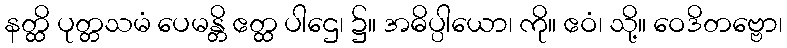
နတ္ထိ ပုတ္တသမံ ပေမန္တိ ဧတ္ထ ပါဌေ၊ ၌။ အဓိပ္ပါယော၊ ကို။ ဧဝံ၊ သို့။ ဝေဒိတဗ္ဗော၊